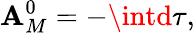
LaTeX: {\cal\mathbf{A}}_{M}^{0}=-\intd\tau,